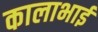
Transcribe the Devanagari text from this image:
कालाभाई